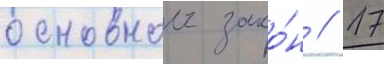
основнои зако́н // 17